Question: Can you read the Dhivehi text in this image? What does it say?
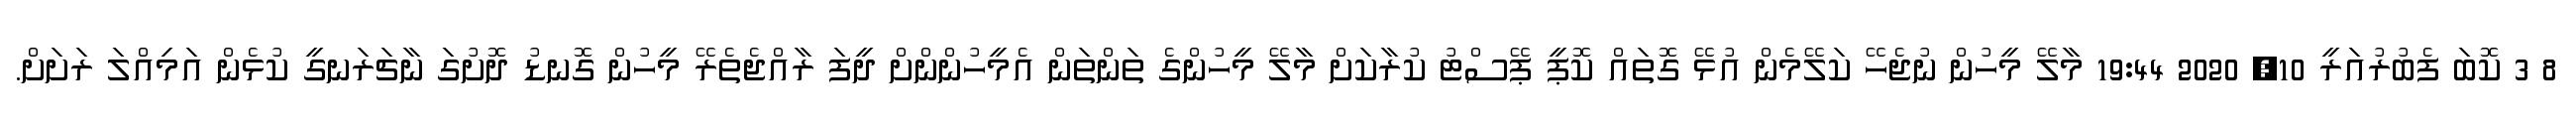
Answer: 8 3 ކޮބަ ފެބުރުއަރީ 10, 2020 19:44 މާލޭ މީހުން ނުޖެހޭ ކަލޭމެން އުޅޭ ގޮތައް ކޮޕީ ޕޭސްޓު ކުރާކަށް މާލޭ މީހުންގެ ތަންތަން އެމީހުންންށް ދީފަ ރާއްޖެތެރޭ މީހުން ގޮނޑު ދޮށުގަ ނާޗަރަނގީ ކުޅެން އަމިއްލަ ރަށަށް.